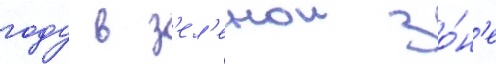
году в з'ел'енои зо́н'е